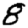
Digit: 8